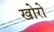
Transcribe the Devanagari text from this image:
खोरो